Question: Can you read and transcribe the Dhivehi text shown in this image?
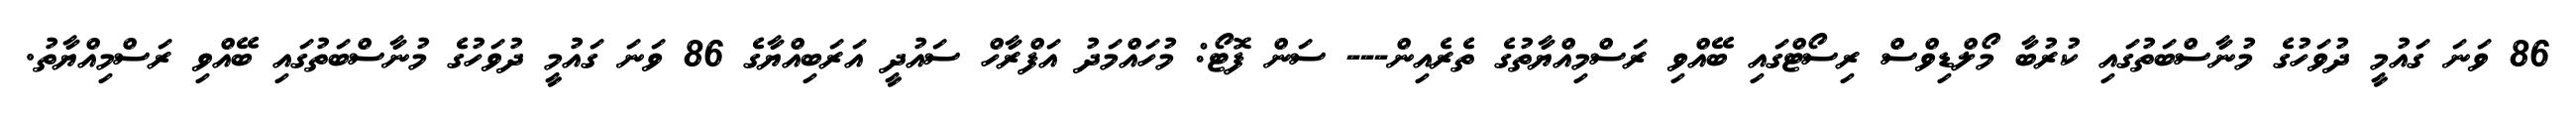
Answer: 86 ވަނަ ގައުމީ ދުވަހުގެ މުނާސްބަތުގައި ކުރުބާ މޯލްޑިވްސް ރިސޯޓްގައި ބޭއްވި ރަސްމިއްޔާތުގެ ތެރެއިން--- ސަން ފޮޓޯ: މުހައްމަދު އަފްރާހް ސައުދީ އަރަބިއްޔާގެ 86 ވަނަ ގައުމީ ދުވަހުގެ މުނާސްބަތުގައި ބޭއްވި ރަސްމިއްޔާތު.